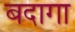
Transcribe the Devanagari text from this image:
बदागा